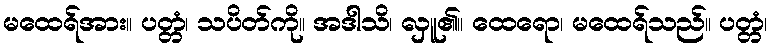
မထေရ်အား။ ပတ္တံ၊ သပိတ်ကို။ အဒါသိ၊ လှူ၏။ ထေရော၊ မထေရ်သည်။ ပတ္တံ၊